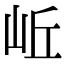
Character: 岴